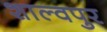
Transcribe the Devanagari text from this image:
शाल्वपुर